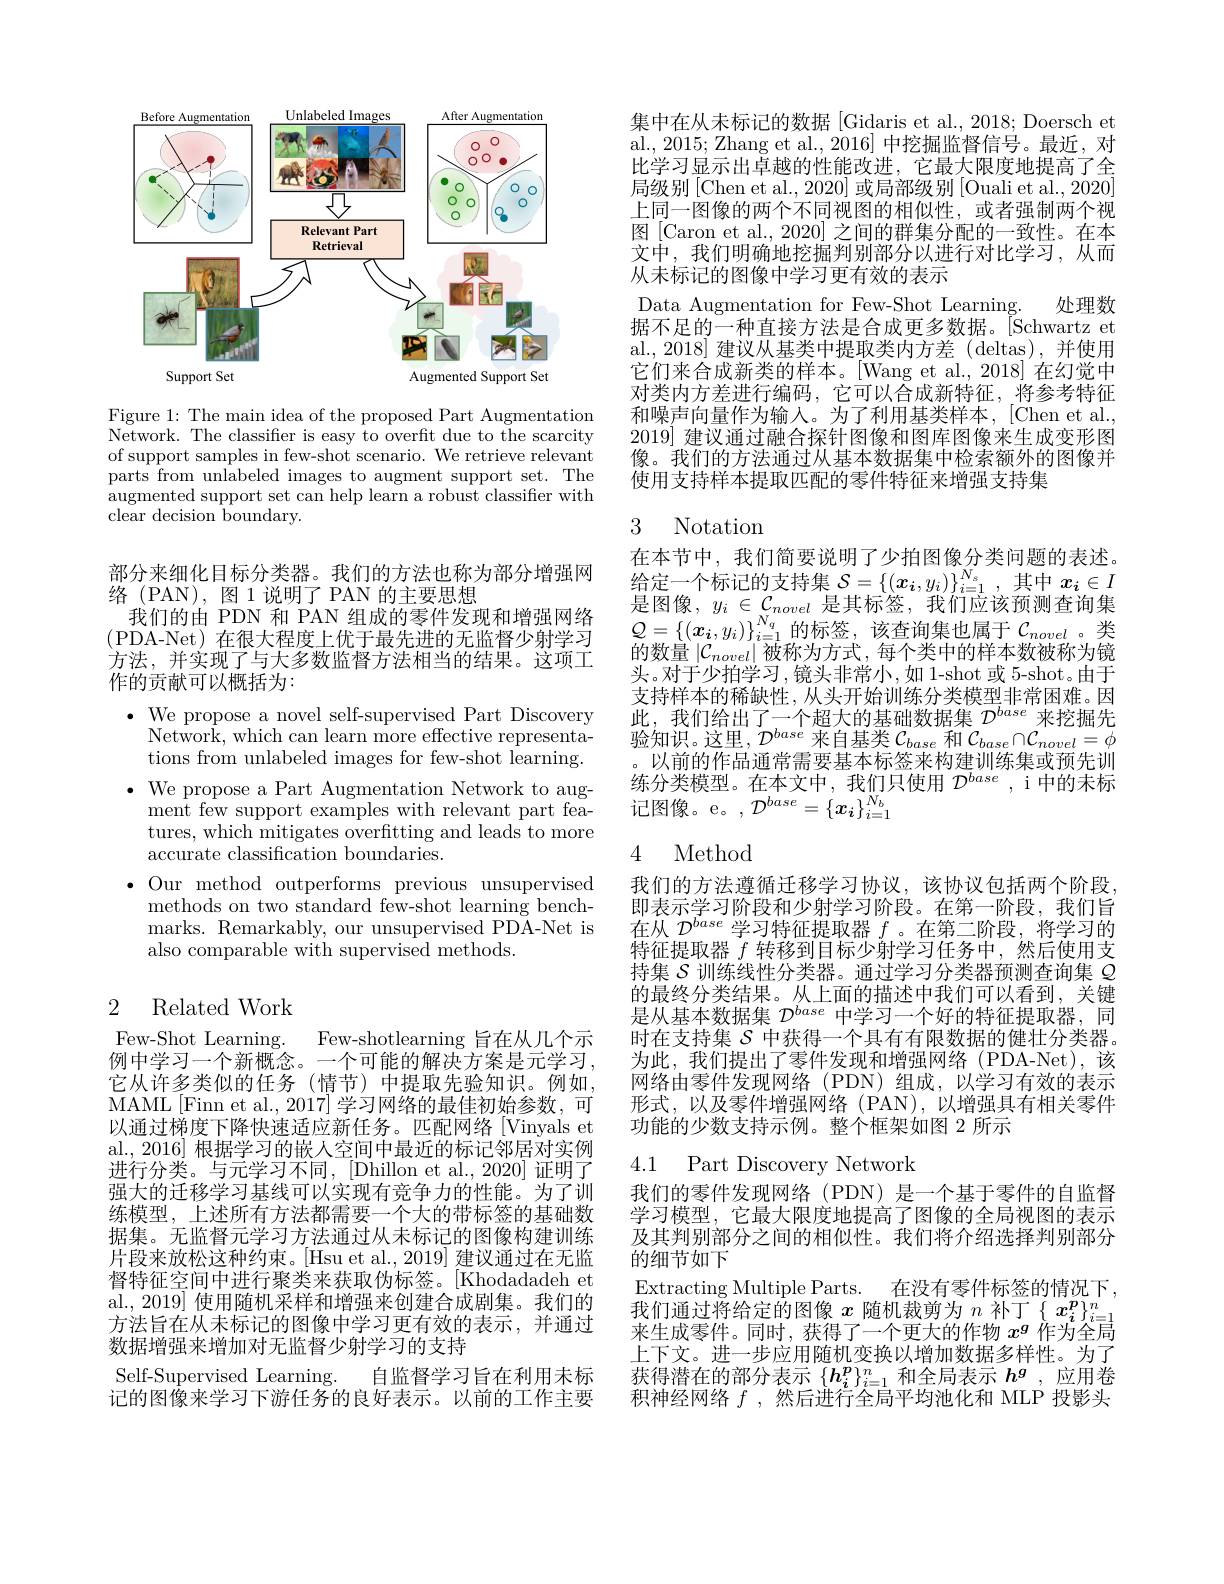
<FigureHere>

Figure 1: The main idea of the proposed Part Augmentation $\bar{\mathrm{Network.~The~classifier~is~easy~to~overfit~due~to~the~scarcity}}$ of support samples in few-shot scenario. We retrieve relevant parts from unlabeled images to augment support set. The augmented support set can help learn a robust classiffer with clear decision boundary.

部分来细化目标分类器。我们的方法也称为部分增强网
络(PAN),图1说明了PAN 的主要思想
我们的由 PDN 和 PAN 组成的零件发现和增强网络(PDA-Net) 在很大程度上优于最先进的无监督少射学习方法，并实现了与大多数监督方法相当的结果。这项工作的贡献可以概括为：

$\cdot$ We propose a novel self-supervised Part Discovery
Network, which can learn more effective representations from unlabeled images for few-shot learning.
$\bullet$ We propose a Part Augmentation Network to aug-
ment few support examples with relevant part features, which mitigates overftting and leads to more accurate classification boundaries.
$\bullet$ Our method outperforms previous unsupervised
methods on two standard few-shot learning benchmarks. Remarkably, our unsupervised PDA-Net is also comparable with supervised methods.

## 2 Related Work

Few-Shot Learning.
Few-shotlearning 旨在从几个示
例中学习一个新概念。一个可能的解决方案是元学习， 它从许多类似的任务(情节)中提取先验知识。例如， MAML[Finn et al., 2017] 学习网络的最佳初始参数，可以通过梯度下降快速适应新任务。匹配网络[Vinyals et al., 2016] 根据学习的嵌人空间中最近的标记邻居对实例进行分类。与元学习不同，[Dhillon et al.,2020]证明了强大的迁移学习基线可以实现有竞争力的性能。为了训练模型，上述所有方法都需要一个大的带标签的基础数据集。无监督元学习方法通过从未标记的图像构建训练片段来放松这种约束。[Hsu et al., 2019] 建议通过在无监督特征空间中进行聚类来获取伪标签。[Khodadadeh et al., 2019] 使用随机采样和增强来创建合成剧集。我们的方法旨在从未标记的图像中学习更有效的表示，并通过数据增强来增加对无监督少射学习的支持
Self-Supervised Learning. 自监督学习旨在利用未标记的图像来学习下游任务的良好表示。以前的工作主要

集中在从未标记的数据 [Gidaris et al., 2018; Doersch et al., 2015; Zhang et al., 2016] 中挖掘监督信号。最近，对比学习显示出卓越的性能改进，它最大限度地提高了全局级别[Chen et al.,2020] 或局部级别[Ouali et al.,2020] 上同一图像的两个不同视图的相似性，或者强制两个视图[Caron et al., 2020] 之间的群集分配的一致性。在本文中，我们明确地挖掘判别部分以进行对比学习，从而从未标记的图像中学习更有效的表示
Data Augmentation for Few-Shot Learning. 处理数据不足的一种直接方法是合成更多数据。[Schwartz et al., 2018] 建议从基类中提取类内方差 (deltas), 并使用它们来合成新类的样本。[Wang et al.,2018]在幻觉中对类内方差进行编码，它可以合成新特征，将参考特征和噪声向量作为输入。为了利用基类样本，|Chen et al. 2019] 建议通过融合探针图像和图库图像来生成变形图像。我们的方法通过从基本数据集中检索额外的图像并使用支持样本提取匹配的零件特征来增强支持集

## 3 Notation

在本节中，我们简要说明了少拍图像分类问题的表述。给定一个标记的支持集$\mathcal{S}=\{(\boldsymbol{x_i},y_i)\}_{i=1}^{N_s}$,其中$x_i\in I$ 是 图 像 , $y_{i}\in \mathcal{C} _{novel}$ 是 其 标 签 , 我 们 应 该 预 测 查 询 集 $Q= \left \{ ( \boldsymbol{x}_{i}, y_{i}) \right \} _{i= 1}^{N_{q}}$的 标 签 , 该 查 询 集 也 属 于 $\mathcal{C} _{novel}$。类的数量$\left|\mathcal{C}_{novel}\right|$被称为方式，每个类中的样本数被称为镜头。对于少拍学习，镜头非常小，如1-shot或5-shot。由于支持样本的稀缺性，从头开始训练分类模型非常困难。因此，我们给出了一个超大的基础数据集$D^base$来挖掘先验知识。这里，$\mathcal{D}^base$来自基类$\mathcal{C}_base$和$\mathcal{C}_base\cap\mathcal{C}_{novel}=\phi$ 。以前的作品通常需要基本标签来构建训练集或预先训练分类模型。在本文中，我们只使用$\mathcal{D}^base$ ,i 中的未标记图像。e。$,\mathcal{D}^base=\{\boldsymbol{x_i}\}_{i=1}^{N_b}$

## 4 Method

我们的方法遵循迁移学习协议，该协议包括两个阶段。即表示学习阶段和少射学习阶段。在第一阶段，我们旨在从$\mathcal{D}^base$学习特征提取器$f$ 。在第二阶段，将学习的特征提取器$f$转移到目标少射学习任务中，然后使用支持集$\mathcal{S}$训练线性分类器。通过学习分类器预测查询集$\mathcal{Q}$ 的最终分类结果。从上面的描述中我们可以看到，关键是从基本数据集$\mathcal{D}^base$中学习一个好的特征提取器，同时在支持集$\mathcal{S}$中获得一个具有有限数据的健壮分类器。为此，我们提出了零件发现和增强网络(PDA-Net),该网络由零件发现网络(PDN)组成，以学习有效的表示形式，以及零件增强网络(PAN),以增强具有相关零件功能的少数支持示例。整个框架如图 2 所示

## 4.1 Part Discovery Network

我们的零件发现网络(PDN)是一个基于零件的自监督学习模型，它最大限度地提高了图像的全局视图的表示及其判别部分之间的相似性。我们将介绍选择判别部分的细节如下
Extracting Multiple Parts. 在没有零件标签的情况下$\tilde{\text{我们通过将给定的图像 }x\text{ 随机裁剪为 }n\text{ 补丁}\{x_i^p\}_{i=1}^n}$ 来生成零件。同时，获得了一个更大的作物$x^g$作为全局上下文。进一步应用随机变换以增加数据多样性。为了获得潜在的部分表示$\{\boldsymbol h_i^p\}_{i=1}^n$和全局表示$h^g$ ,应用卷积神经网络$f$ ,然后进行全局平均池化和 MLP 投影头